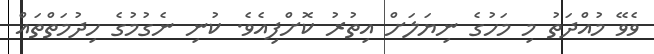
ވެވޭ މުއްދަތު މި މަހުގެ ނިޔަލަށް އިތުރު ކޮށްފިއެވެ. ކުނި ނެގުމުގެ ހިދުމަތްތައް